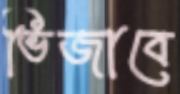
ভিজাবে